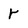
Character: r